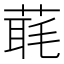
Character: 𦶇